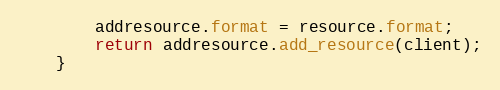
Language: Java
		addresource.format = resource.format;
		return addresource.add_resource(client);
	}